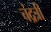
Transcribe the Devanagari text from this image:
चंद्रत्री